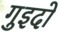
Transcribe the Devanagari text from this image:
गुइदो